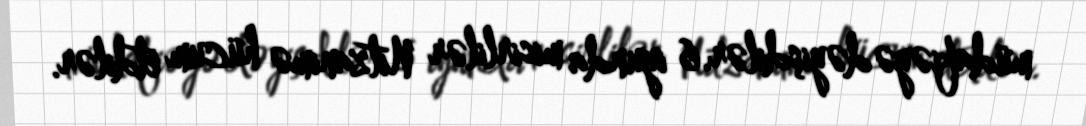
müdafiəyə dəyişdilər.6 iyunda misirlilər Nitzanimə hücum etdilər.